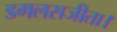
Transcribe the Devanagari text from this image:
डगलसजीता।